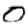
Digit: 0